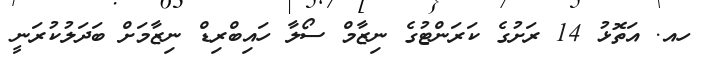
ހއ. އަތޮޅު 14 ރަށުގެ ކަރަންޓުގެ ނިޒާމް ސޯލާ ހައިބްރިޑް ނިޒާމަށް ބަދަލުކުރަނީ